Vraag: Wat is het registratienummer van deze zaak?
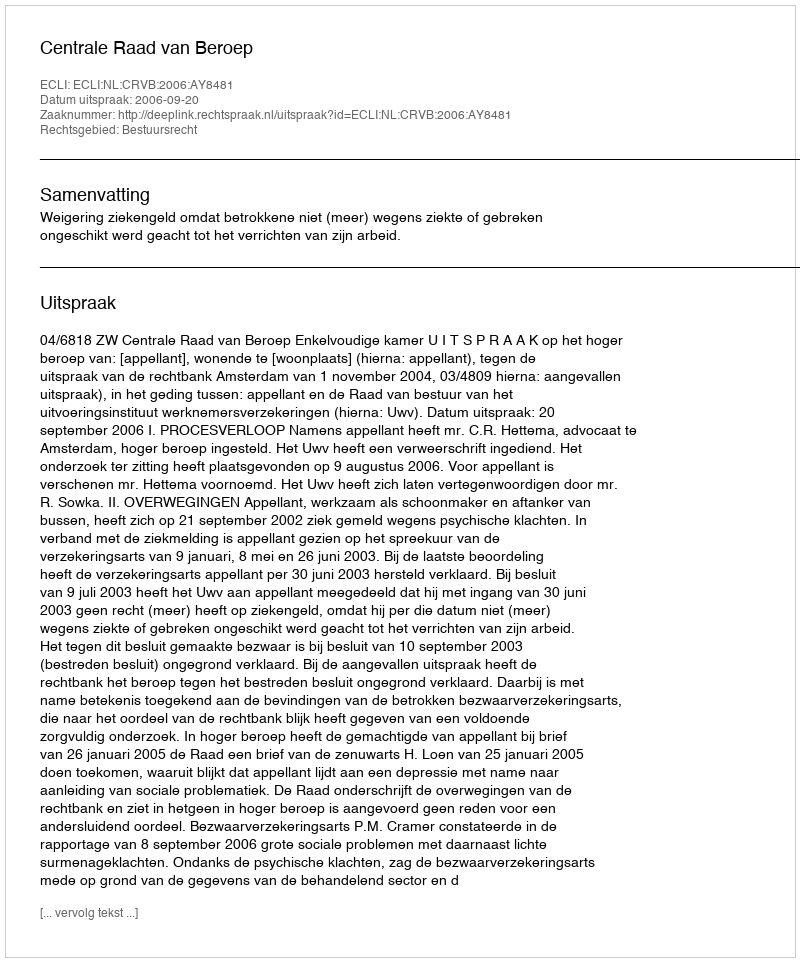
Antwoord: http://deeplink.rechtspraak.nl/uitspraak?id=ECLI:NL:CRVB:2006:AY8481